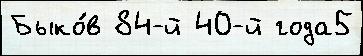
Быко́в 84-й 40-й года5